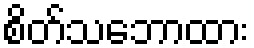
စိတ်သဘောထား